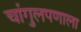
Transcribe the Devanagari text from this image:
चांगुलपणाला